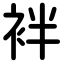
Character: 袢